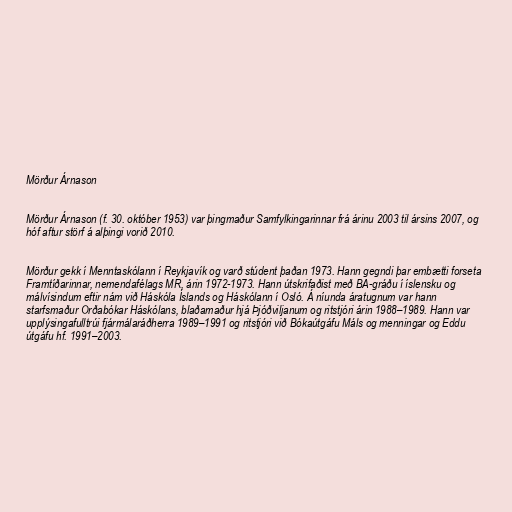
Mörður Árnason

Mörður Árnason (f. 30. október 1953) var þingmaður Samfylkingarinnar frá árinu 2003 til ársins 2007, og
hóf aftur störf á alþingi vorið 2010.

Mörður gekk í Menntaskólann í Reykjavík og varð stúdent þaðan 1973. Hann gegndi þar embætti forseta
Framtíðarinnar, nemendafélags MR, árin 1972-1973. Hann útskrifaðist með BA-gráðu í íslensku og
málvísindum eftir nám við Háskóla Íslands og Háskólann í Osló. Á níunda áratugnum var hann
starfsmaður Orðabókar Háskólans, blaðamaður hjá Þjóðviljanum og ritstjóri árin 1988–1989. Hann var
upplýsingafulltrúi fjármálaráðherra 1989–1991 og ritstjóri við Bókaútgáfu Máls og menningar og Eddu
útgáfu hf. 1991–2003.